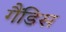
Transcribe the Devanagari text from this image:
गैंडिस